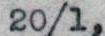
20/1,